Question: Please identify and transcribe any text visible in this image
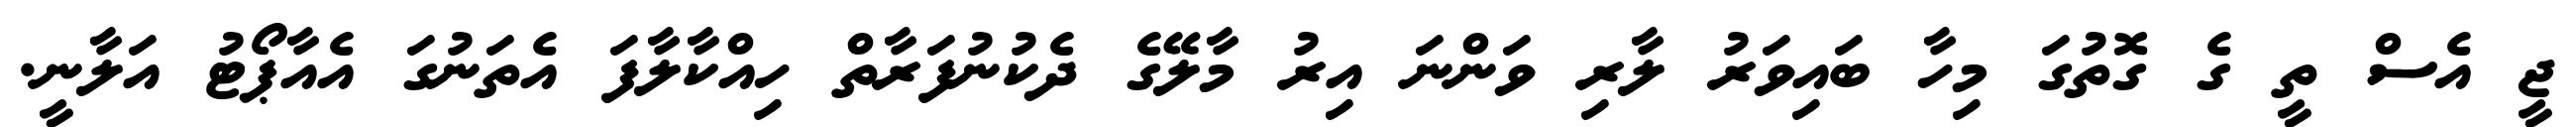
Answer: ޖީ އެސް ތީ ގެ ގޮތުގަ މިހާ ބައިވަރު ލާރި ވަންނަ އިރު މާލޭގެ ދެކުނުފަރާތް ހިއްކާލާފަ އެތަނުގަ އެއާޕޯޓު އަލާނީ.